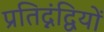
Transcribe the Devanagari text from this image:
प्रतिद्नंद्वियों